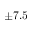
\pm 7 . 5